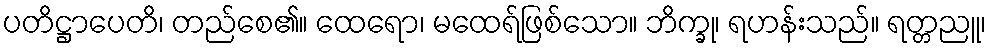
ပတိဋ္ဌာပေတိ၊ တည်စေ၏။ ထေရော၊ မထေရ်ဖြစ်သော။ ဘိက္ခု၊ ရဟန်းသည်။ ရတ္တညူ၊